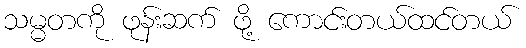
သမ္မတကို ဖုန်းဆက် ဖို့ ကောင်းတယ်ထင်တယ်